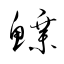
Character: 鱆